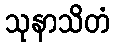
သုနာသိတံ